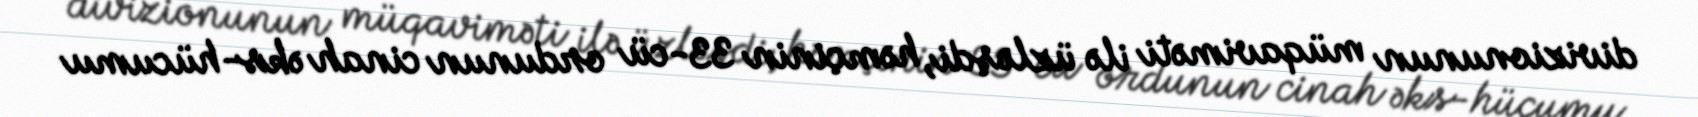
divizionunun müqaviməti ilə üzləşdi, həmçinin 33-cü ordunun cinah əks-hücumu